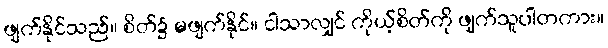
ဖျက်နိုင်သည်။ စိတ်၌ မဖျက်နိုင်။ ငါသာလျှင် ကိုယ့်စိတ်ကို ဖျက်သူပါတကား။